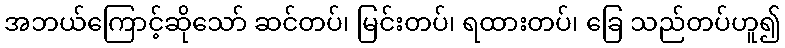
အဘယ်ကြောင့်ဆိုသော် ဆင်တပ်၊ မြင်းတပ်၊ ရထားတပ်၊ ခြေ သည်တပ်ဟူ၍